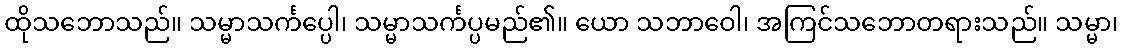
ထိုသဘောသည်။ သမ္မာသင်္ကပ္ပေါ၊ သမ္မာသင်္ကပ္ပမည်၏။ ယော သဘာဝေါ၊ အကြင်သဘောတရားသည်။ သမ္မာ၊